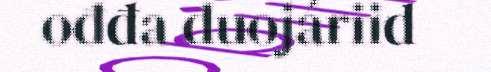
ođđa duojáriid